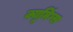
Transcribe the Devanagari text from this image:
क्यूमिंग्स